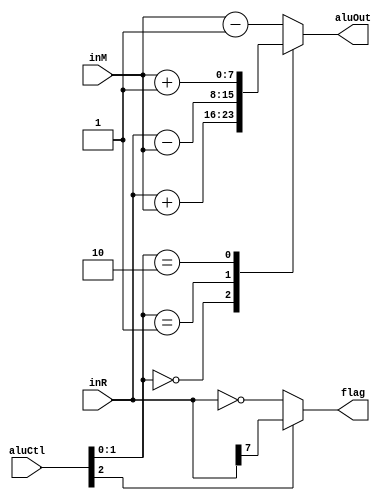
`default_nettype none

// INSTANTIATION TEMPLATE BEGIN
//
//     ALU alu0 (
//     /*  in */  .aluCtl(  ),
//     /*  in */  .inR(  ),
//     /*  in */  .inM(  ),
//     /* out */  .aluOut(  ),
//     /* out */  .flag(  )
//     );
//
// INSTANTIATION TEMPLATE END

module ALU (
        input  wire        [2:0] aluCtl,
        input  wire signed [7:0] inR,
        input  wire signed [7:0] inM,
        output reg  signed [7:0] aluOut,
        output reg               flag
    );

    // combination logic for: aluOut
    always @(*)
    case (aluCtl[1:0])
        2'b 00: aluOut = inR + inM;
        2'b 01: aluOut = inR - inM;
        2'b 10: aluOut = inM + 8'b1;
        default: aluOut = inM - 8'b1; // 2'b 11
    endcase

    // combination logic for: flag
    always @(*)
    begin
        if( aluCtl[2] )
            flag =  inR[7] ; // R  < 0 ?
        else
            flag = ( inR == 8'b 0 ); // R == 0 ?
    end

endmodule